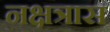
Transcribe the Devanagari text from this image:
नक्षत्रास